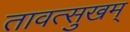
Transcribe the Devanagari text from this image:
तावत्सुखम्